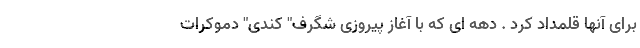
برای آنها قلمداد کرد . دهه ای که با آغاز پیروزی شگرف" کندی" دموکرات